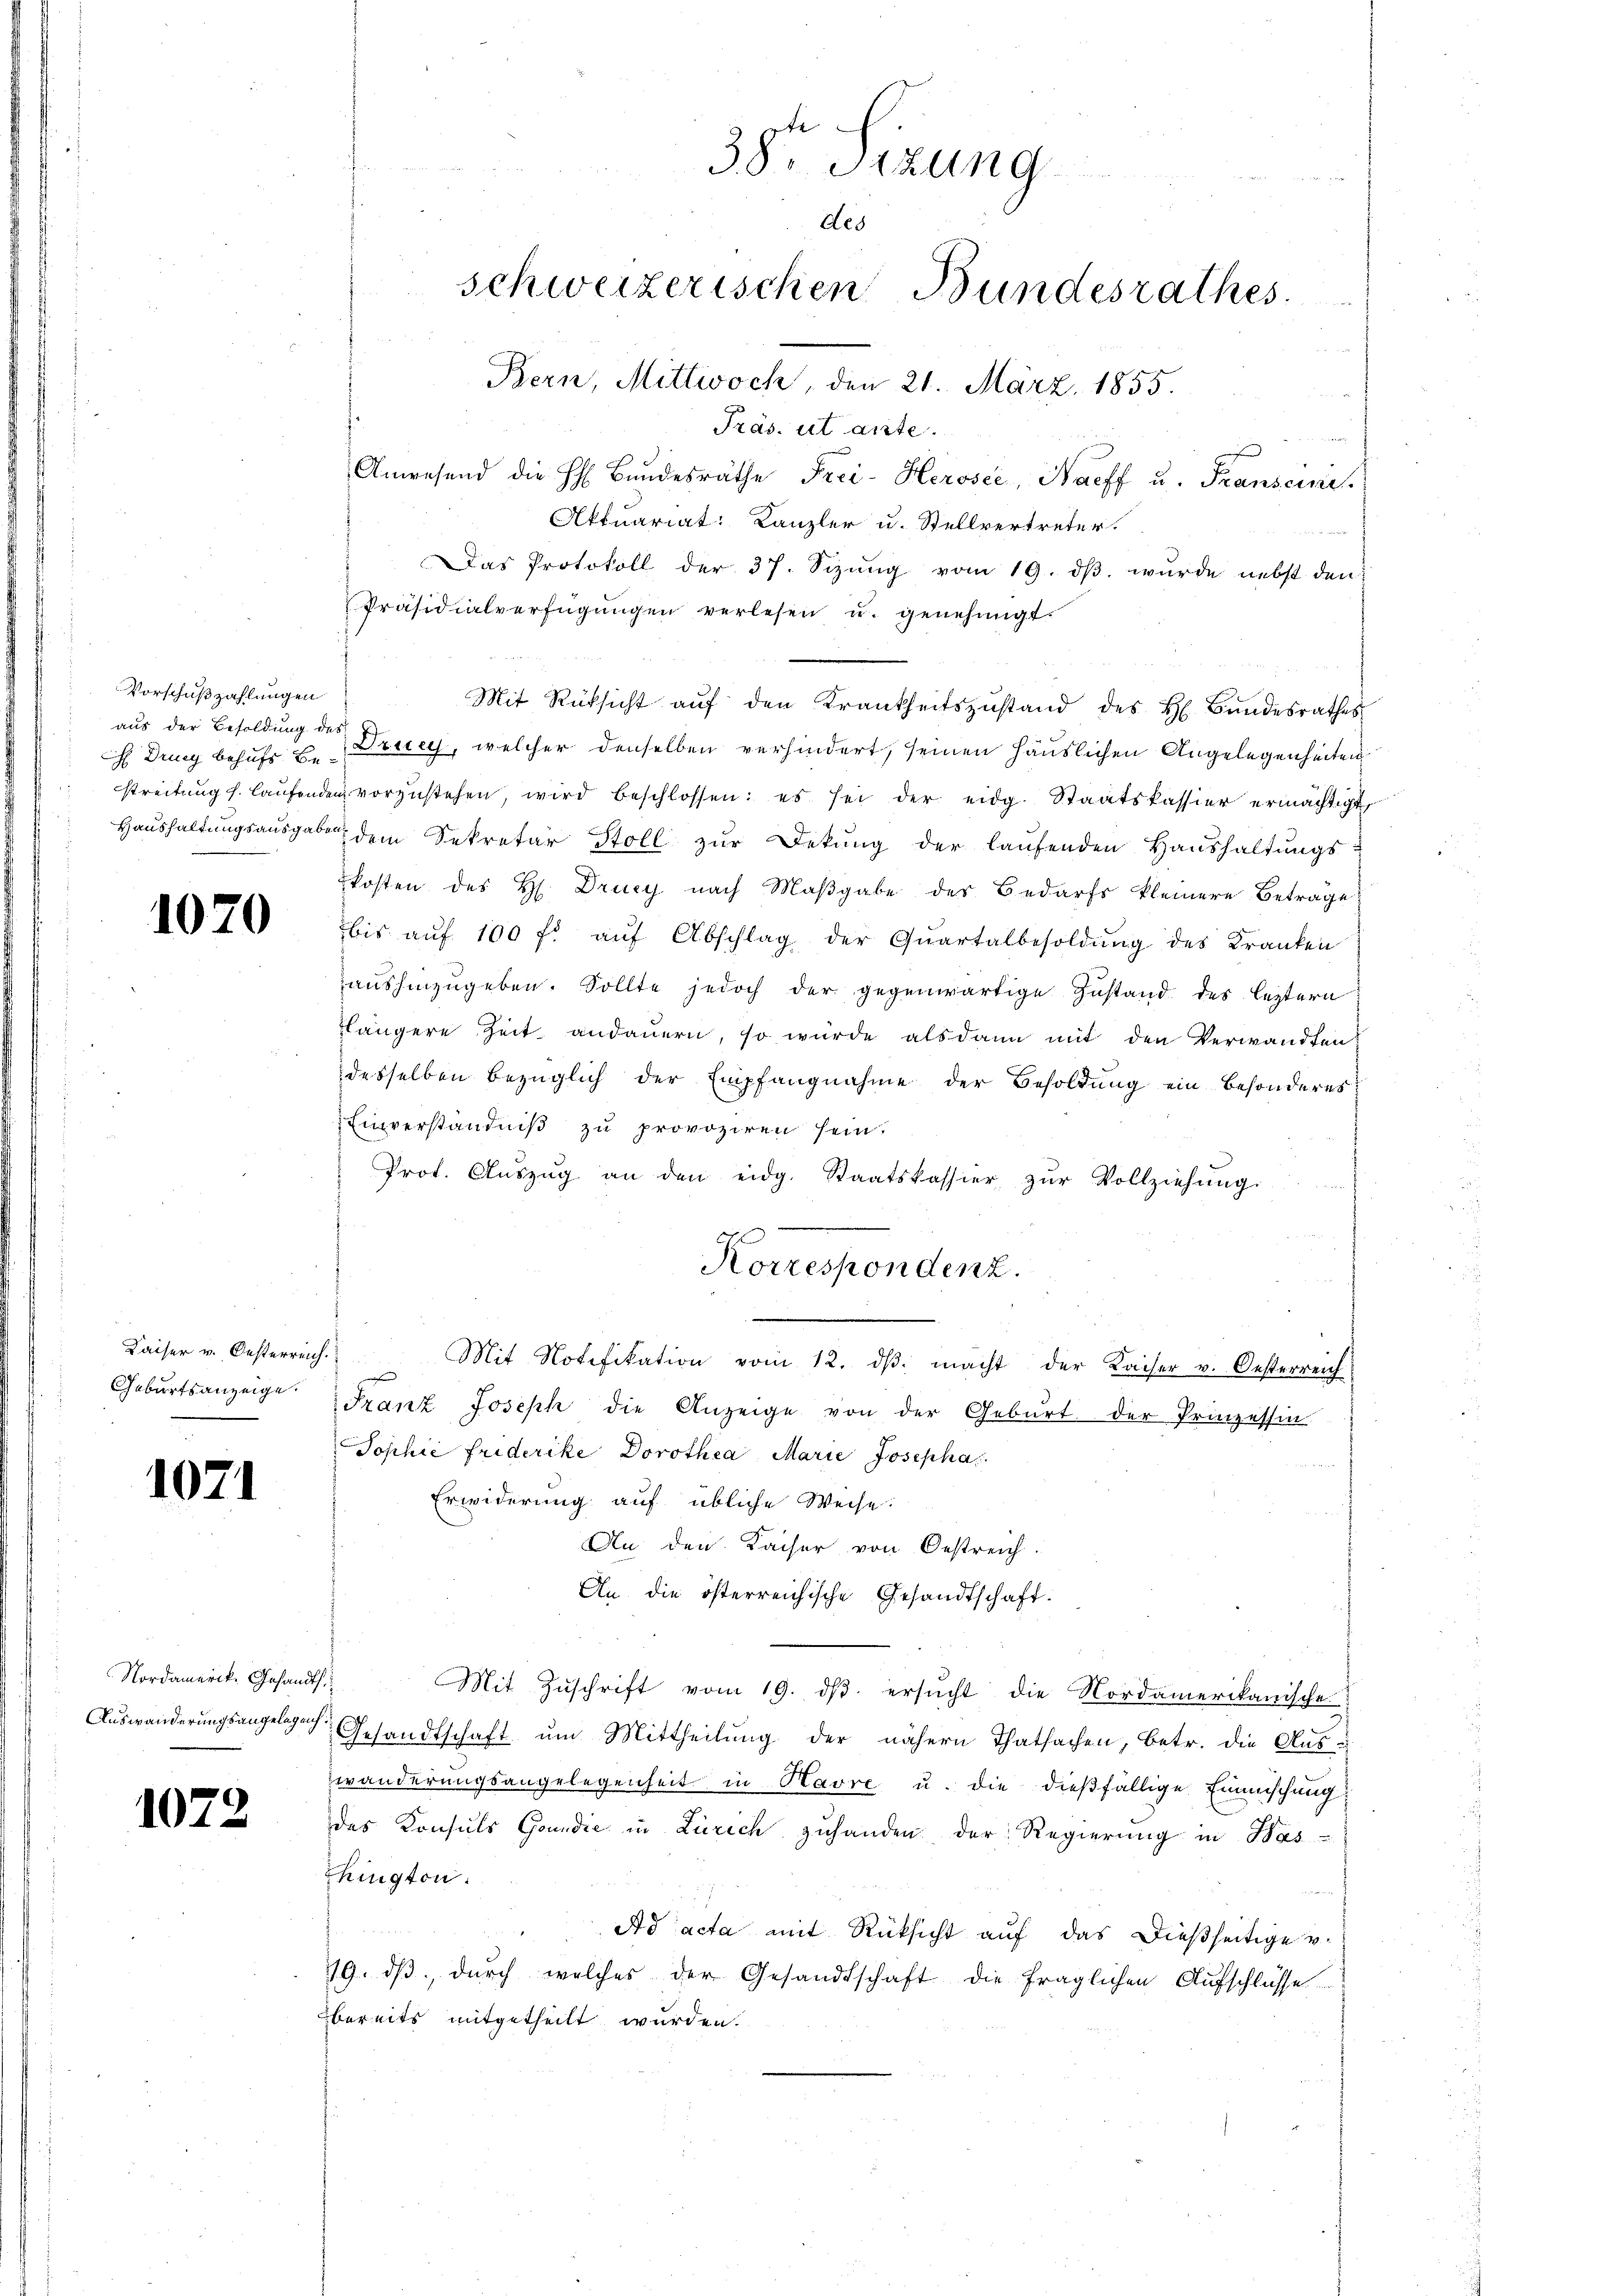
Vorschußzahlungen
aus der Besoldung des

1070

Geburtsanzeige.

1071

1072

Präs. et ante.
n
Anwesend die H. Bŭndesräthe Frei-Herosée, Harff u. Transeine
Das Protokoll der 37. Sizung vom 19. dβ. wurde nebst den
Präsidialverfügŭngen verlesen u. genehmigt.
Mit Rücksicht aŭf den Krankheitszŭstand des H. Bŭndesrathes
ch Ding behufe u Druck, welcher denselben verhindert, seinen Häuslichen Angelegenheiten
streitŭng s. laŭfenden vorzŭstehen, wird beschlossen: es sei der eidg. Staatskassier ermächtigt,
Haŭshaltŭngsausgabe dem Sekretär Stoll zŭr Dekŭng der laŭfenden Haŭshaltŭngs-
kosten des H. Drucy nach Maßgabe des Bedarfs kleinere Betrage
bis aŭf 100 fl aŭf Abschlag der Quartalbesoldŭng des Kranken
aushinzugeben. Sollte jedoch der gegenwärtige Zustand des leztern
flängere Zeit andauern, so wurde alsdann mit den Verwandten
desselben bezüglich der Empfangnahme der Besoldung ein besonderes
Einverständniß zu provoziren sein.
Prot. Aŭszŭg an den eidg. Staatskassier zŭr Vollziehŭng.
Korrespondenz.
Kaiser u. Oesterreich. Mit Notifikation vom 12. dβ. macht der Kaiser v. Oesterreich
Franz Joseph die Anzeige von der Geburt der Prinzessin
Tophie friderike, Dorothea Marie Josepha
Erwiderung auf übliche Weise.
An den Kaiser von Oestreich.
An die österreichische Gesandtschaft.
Nordamerik. Gesandts. Mit Zŭschrift vom 19. dβ. ersŭcht die Nordamerikanische
Auswanderungsangelege Gesandtschaft um Mittheilung der nähern Thatsachen, betr. die Auswanderungsangelegenheit in Havre u. die dießfällige Einmischung
des Konsuls Grundić in Zürich zuhanden der Regierung in Was
hington
Ad acta mit Rücksicht auf das dießseitige v.
19. dβ dŭrch welches der Gesandtschaft die fraglichen Aufschlüsse
bereits mitgetheilt wurden.

38. Sitzung
des
schweizerischen Bundesrathes
Bern, Mittwoch den 21. März, 1855.

Aktuariat: Kanzler u. Stellvertreter.